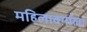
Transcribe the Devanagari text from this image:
महिलावर्गाला